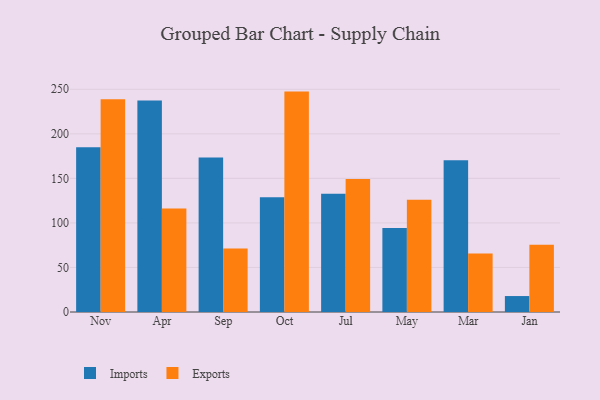
{"axis": {"x": "Month", "y": "Energy Usage (MWh)"}, "legend": ["Exports", "Imports"], "data": [{"x": "Nov", "y": 185.0, "type": "Imports"}, {"x": "Nov", "y": 238.9, "type": "Exports"}, {"x": "Apr", "y": 237.4, "type": "Imports"}, {"x": "Apr", "y": 116.2, "type": "Exports"}, {"x": "Sep", "y": 173.5, "type": "Imports"}, {"x": "Sep", "y": 71.3, "type": "Exports"}, {"x": "Oct", "y": 128.9, "type": "Imports"}, {"x": "Oct", "y": 247.4, "type": "Exports"}, {"x": "Jul", "y": 132.6, "type": "Imports"}, {"x": "Jul", "y": 149.4, "type": "Exports"}, {"x": "May", "y": 94.3, "type": "Imports"}, {"x": "May", "y": 126.1, "type": "Exports"}, {"x": "Mar", "y": 170.4, "type": "Imports"}, {"x": "Mar", "y": 65.7, "type": "Exports"}, {"x": "Jan", "y": 17.9, "type": "Imports"}, {"x": "Jan", "y": 75.6, "type": "Exports"}]}